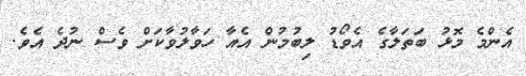
އެންމެ މޮޅު ބަތަލާގެ އެވޯޑު ލިބުމުން އެއާ ހަވާލުވާކަށް ވެސް ނުދެ އެވެ.